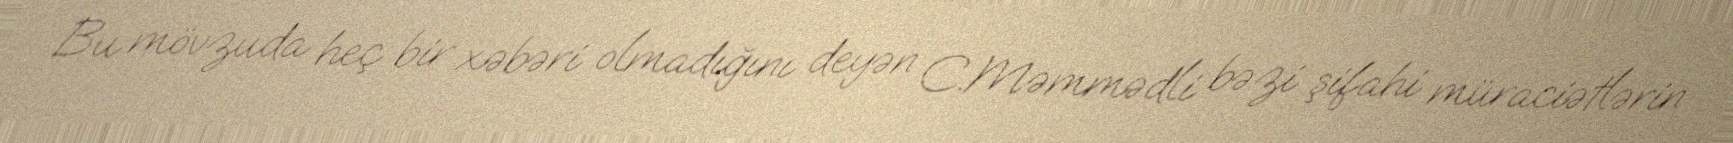
Bu mövzuda heç bir xəbəri olmadığını deyən C.Məmmədli bəzi şifahi müraciətlərin